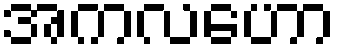
အကလဟော